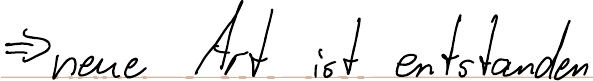
=> neue Art ist entstanden